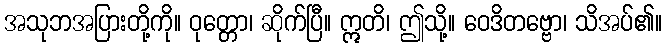
အသုဘအပြားတို့ကို။ ဝုတ္တော၊ ဆိုက်ပြီ။ ဣတိ၊ ဤသို့။ ဝေဒိတဗ္ဗော၊ သိအပ်၏။